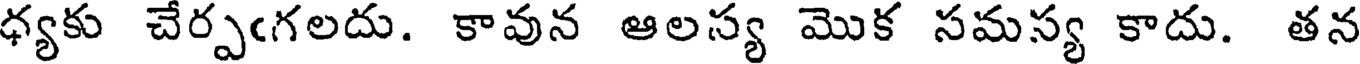
ధ్యకు చేర్పఁగలదు. కావున ఆలస్య మొక సమస్య కాదు. తన